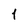
Character: 1